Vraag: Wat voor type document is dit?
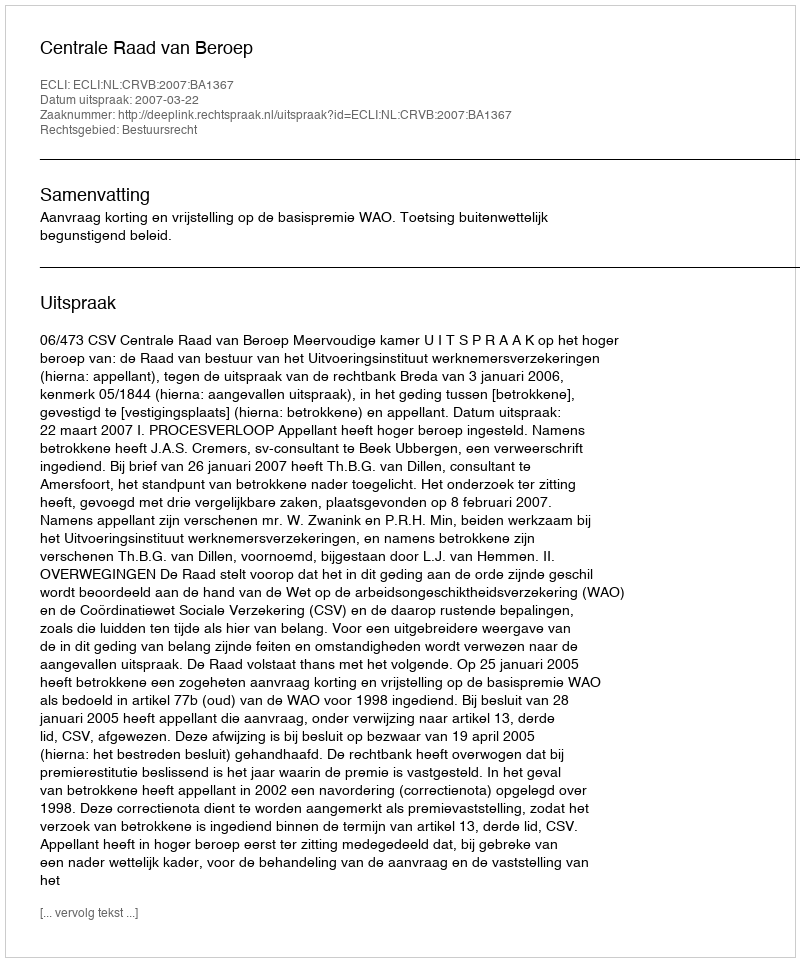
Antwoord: Uitspraak